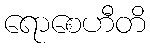
ရောစေဟီတိ